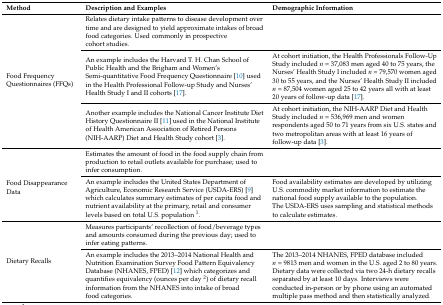
| Method | Description and Examples | Demographic Information |
 | --- | --- | --- |
 | <ROWSPAN=3> Food Frequency Questionnaires (FFQs) | Relates dietary intake patterns to disease development over time and are designed to yield approximate intakes of broad food categories. Used commonly in prospective cohort studies. |  |
 | An example includes the Harvard T. H. Chan School of Public Health and the Brigham and Women’s Semi-quantitative Food Frequency Questionnaire [10] used in the Health Professional Follow-up Study and Nurses’ Health Study I and II cohorts [17]. | At cohort initiation, the Health Professionals Follow-Up Study included n = 37,083 men aged 40 to 75 years, the Nurses’ Health Study I included n = 79,570 women aged 30 to 55 years, and the Nurses’ Health Study II included n = 87,504 women aged 25 to 42 years all with at least 20 years of follow-up data [17]. |
 | Another example includes the National Cancer Institute Diet History Questionnaire II [11] used in the National Institute of Health American Association of Retired Persons (NIH-AARP) Diet and Health Study cohort [3]. | At cohort initiation, the NIH-AARP Diet and Health Study included n = 536,969 men and women respondents aged 50 to 71 years from six U.S. states and two metropolitan areas with at least 16 years of follow-up data [3]. |
 | <ROWSPAN=2> Food Disappearance Data | Estimates the amount of food in the food supply chain from production to retail outlets available for purchase; used to infer consumption. |  |
 | An example includes the United States Department of Agriculture, Economic Research Service (USDA-ERS) [9] which calculates summary estimates of per capita food and nutrient availability at the primary, retail and consumer levels based on total U.S. population 1. | Food availability estimates are developed by utilizing U.S. commodity market information to estimate the national food supply available to the population. The USDA-ERS uses sampling and statistical methods to calculate estimates. |
 | <ROWSPAN=2> Dietary Recalls | Measures participants’ recollection of food/beverage types and amounts consumed during the previous day; used to infer eating patterns. |  |
 | An example includes the 2013–2014 National Health and Nutrition Examination Survey Food Pattern Equivalency Database (NHANES, FPED) [12] which categorizes and quantifies equivalency (ounces per day 2) of dietary recall information from the NHANES into intake of broad food categories. | The 2013–2014 NHANES, FPED database includedn = 9813 men and women in the U.S. aged 2 to 80 years. Dietary data were collected via two 24-h dietary recalls separated by at least 10 days. Interviews were conducted in-person or by phone using an automated multiple pass method and then statistically analyzed. |